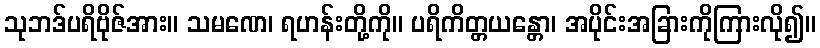
သုဘဒ်ပရိဗိုဇ်အား။ သမဏေ၊ ရဟန်းတို့ကို။ ပရိကိတ္တယန္တော၊ အပိုင်းအခြားကိုကြားလို၍။